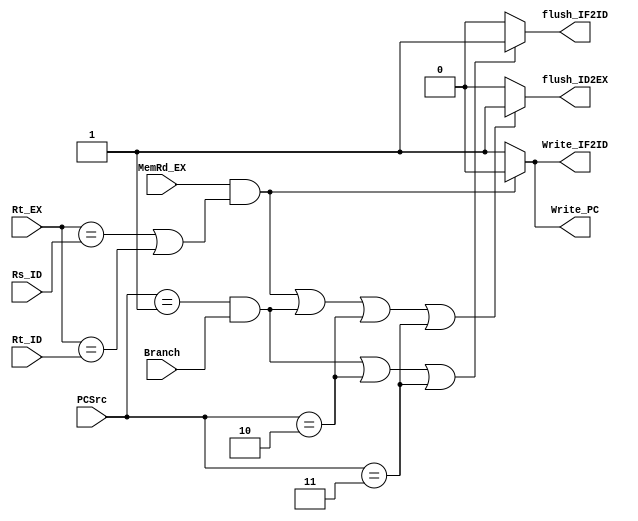
`timescale 1ns / 1ps
module Hazard(Branch,PCSrc,Rs_ID,Rt_ID,Rt_EX,MemRd_EX,
	flush_IF2ID,flush_ID2EX,Write_IF2ID,Write_PC);
input MemRd_EX;
input [4:0]Rt_EX, Rs_ID, Rt_ID;
input [2:0]PCSrc;
input Branch;
output flush_IF2ID,flush_ID2EX;
output Write_IF2ID,Write_PC;

assign flush_IF2ID=((PCSrc == 3'b001 && Branch) || (PCSrc == 3'b010) || (PCSrc == 3'b011))?1:0;
 
assign flush_ID2EX=((MemRd_EX && (Rt_EX == Rs_ID || Rt_EX == Rt_ID)) || (PCSrc == 3'b001 && Branch) || PCSrc ==3'b010 || PCSrc == 3'b011)?1:0;  

assign Write_IF2ID=(MemRd_EX && (Rt_EX == Rs_ID || Rt_EX == Rt_ID))?0:1;   

assign Write_PC=(MemRd_EX && (Rt_EX == Rs_ID || Rt_EX == Rt_ID))?0:1;                     

endmodule